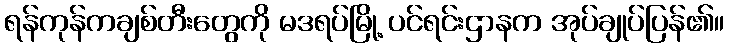
ရန်ကုန်ကချစ်တီးတွေကို မဒရပ်မြို့ ပင်ရင်းဌာနက အုပ်ချုပ်ပြန်၏။